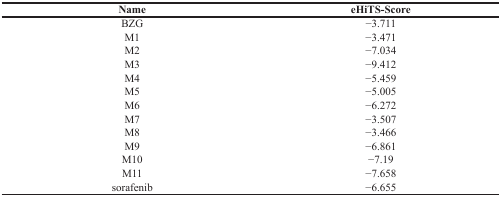
<table><thead><tr><td><b>Name</b></td><td><b>eHiTS-Score</b></td></tr></thead><tbody><tr><td>BZG</td><td>−3.711</td></tr><tr><td>M1</td><td>−3.471</td></tr><tr><td>M2</td><td>−7.034</td></tr><tr><td>M3</td><td>−9.412</td></tr><tr><td>M4</td><td>−5.459</td></tr><tr><td>M5</td><td>−5.005</td></tr><tr><td>M6</td><td>−6.272</td></tr><tr><td>M7</td><td>−3.507</td></tr><tr><td>M8</td><td>−3.466</td></tr><tr><td>M9</td><td>−6.861</td></tr><tr><td>M10</td><td>−7.19</td></tr><tr><td>M11</td><td>−7.658</td></tr><tr><td>sorafenib</td><td>−6.655</td></tr></tbody></table>